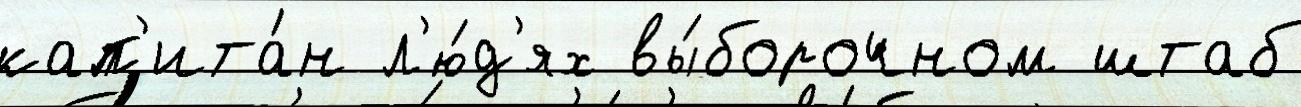
кап'ита́н л'ю́д'ях вы́борочном штаб